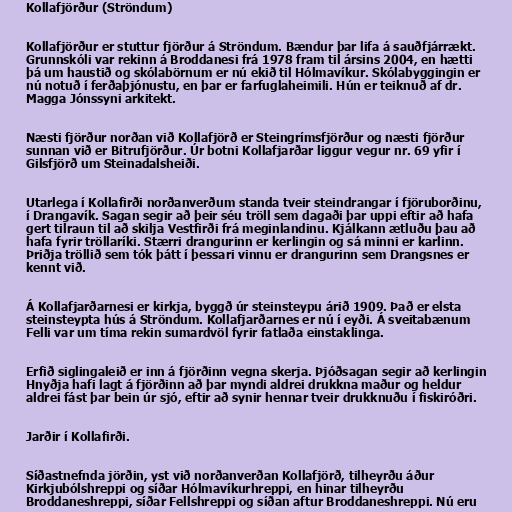
Kollafjörður (Ströndum)

Kollafjörður er stuttur fjörður á Ströndum. Bændur þar lifa á sauðfjárrækt.
Grunnskóli var rekinn á Broddanesi frá 1978 fram til ársins 2004, en hætti
þá um haustið og skólabörnum er nú ekið til Hólmavíkur. Skólabyggingin er
nú notuð í ferðaþjónustu, en þar er farfuglaheimili. Hún er teiknuð af dr.
Magga Jónssyni arkitekt.

Næsti fjörður norðan við Kollafjörð er Steingrímsfjörður og næsti fjörður
sunnan við er Bitrufjörður. Úr botni Kollafjarðar liggur vegur nr. 69 yfir í
Gilsfjörð um Steinadalsheiði.

Utarlega í Kollafirði norðanverðum standa tveir steindrangar í fjöruborðinu,
í Drangavík. Sagan segir að þeir séu tröll sem dagaði þar uppi eftir að hafa
gert tilraun til að skilja Vestfirði frá meginlandinu. Kjálkann ætluðu þau að
hafa fyrir tröllaríki. Stærri drangurinn er kerlingin og sá minni er karlinn.
Þriðja tröllið sem tók þátt í þessari vinnu er drangurinn sem Drangsnes er
kennt við.

Á Kollafjarðarnesi er kirkja, byggð úr steinsteypu árið 1909. Það er elsta
steinsteypta hús á Ströndum. Kollafjarðarnes er nú í eyði. Á sveitabænum
Felli var um tíma rekin sumardvöl fyrir fatlaða einstaklinga.

Erfið siglingaleið er inn á fjörðinn vegna skerja. Þjóðsagan segir að kerlingin
Hnyðja hafi lagt á fjörðinn að þar myndi aldrei drukkna maður og heldur
aldrei fást þar bein úr sjó, eftir að synir hennar tveir drukknuðu í fiskiróðri.

Jarðir í Kollafirði.

Síðastnefnda jörðin, yst við norðanverðan Kollafjörð, tilheyrðu áður
Kirkjubólshreppi og síðar Hólmavíkurhreppi, en hinar tilheyrðu
Broddaneshreppi, síðar Fellshreppi og síðan aftur Broddaneshreppi. Nú eru